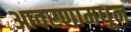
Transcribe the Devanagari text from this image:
आवरणामधून